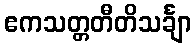
ဧကသတ္တတီတိသင်္ချာ